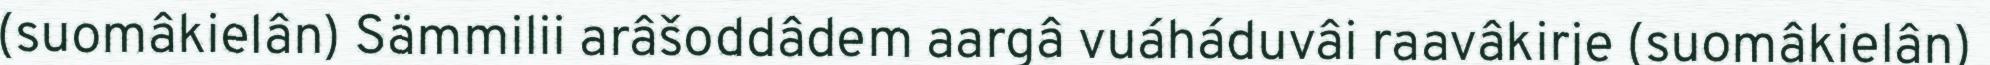
(suomâkielân) Sämmilii arâšoddâdem aargâ vuáháduvâi raavâkirje (suomâkielân)